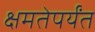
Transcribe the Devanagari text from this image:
क्षमतेपर्यंत